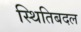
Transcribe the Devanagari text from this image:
स्थितिबदल